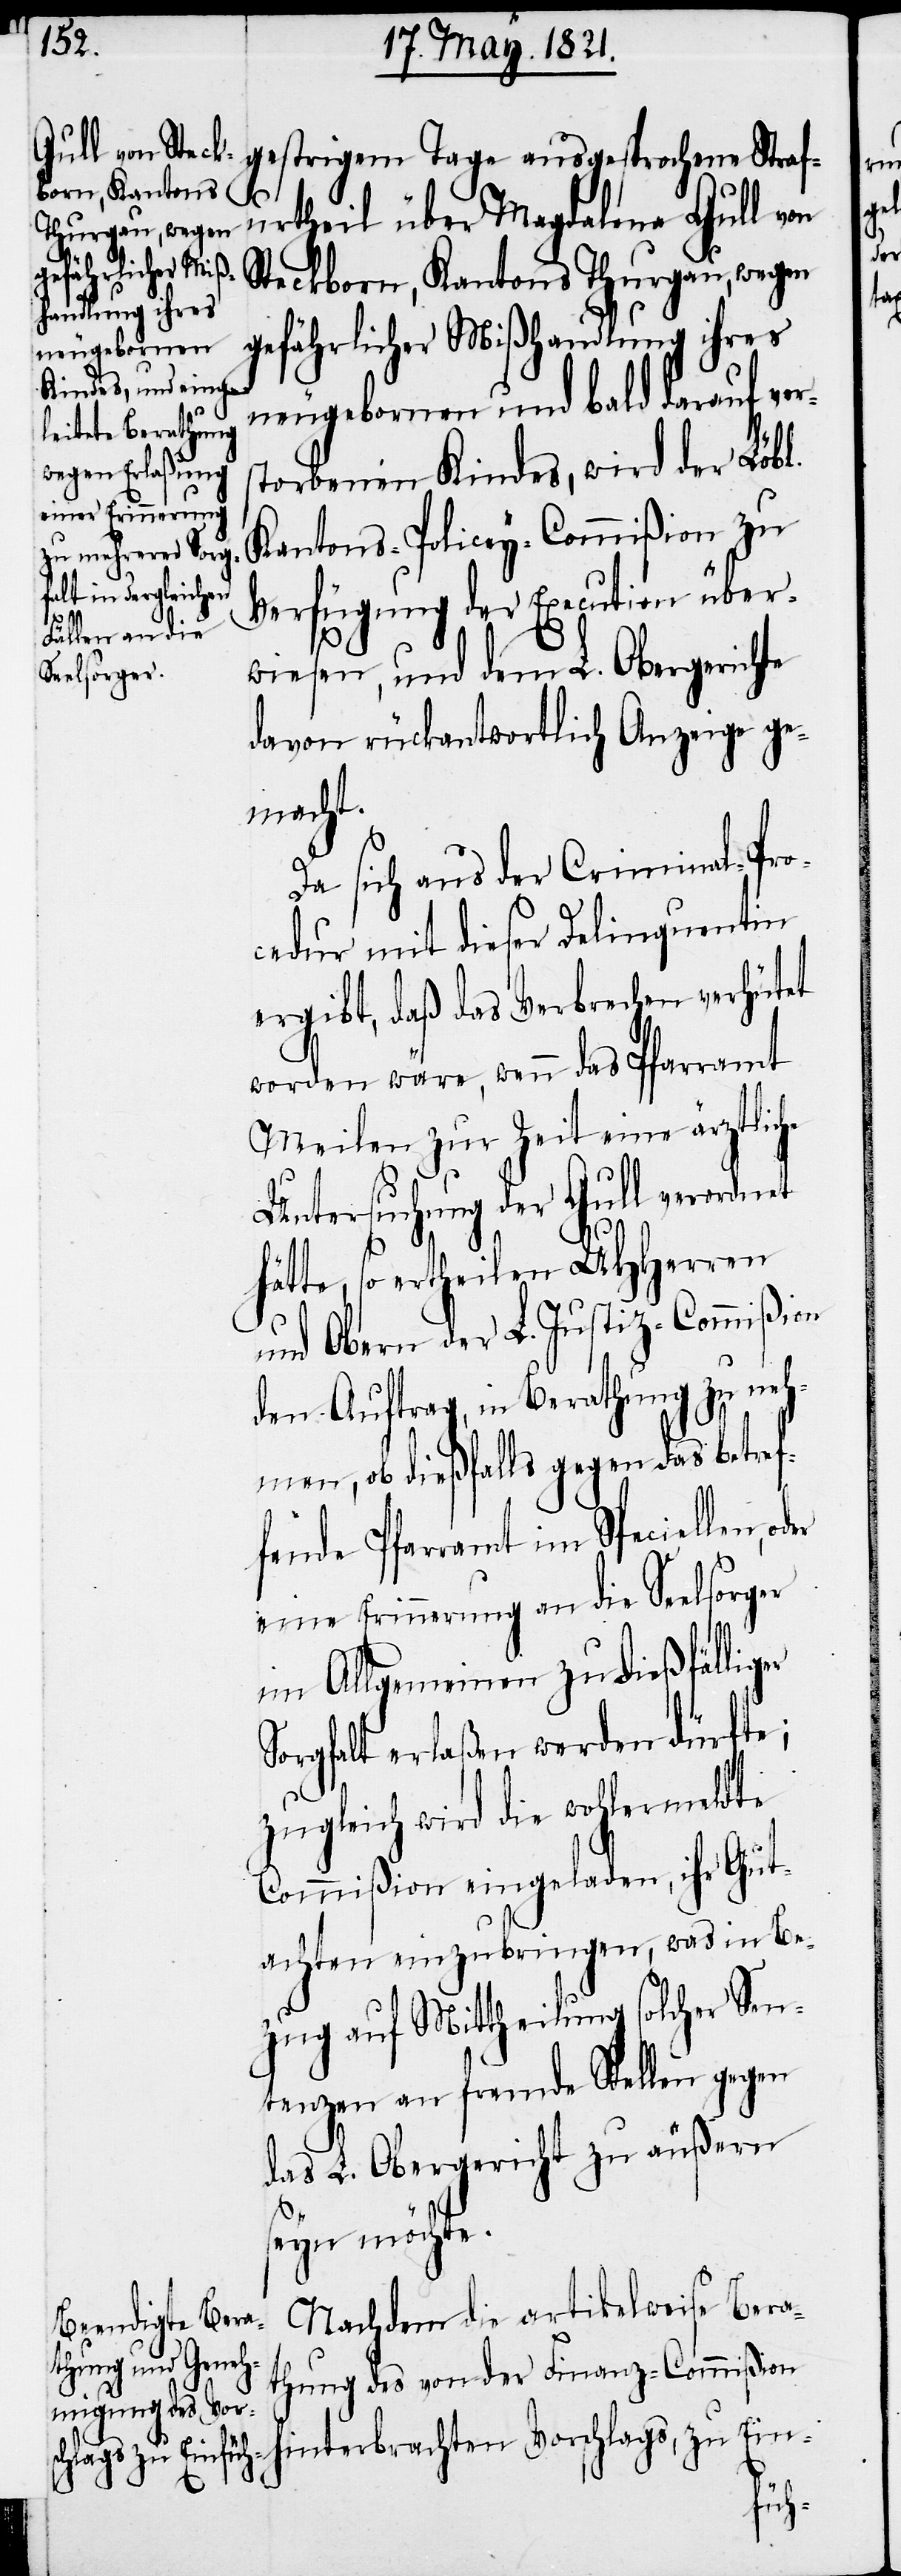
gestrigem Tage ausgesprochene Straf¬
s¬
urtheil über Magdalena Gull von
terbrachten
Steckborn, Kantons Thurgau, wegen
gefährlicher Mißhandlung ihres
neugebornen und bald darauf ver¬
torbenen Kindes, wird der Löbl.
Kantons-Policey-Commißion zu
Verfügung der Execution über¬
wiesen, und dem L. Obergerichte
davon rückantwortlich Anzeige ge¬
macht.
Da sich aus der Criminal-Pro¬
cedur mit dieser Delinquentin
ergibt, daß das Verbrechen verhütet
worden wäre, wenn das Pfarramt
Meilen zur Zeit eine ärztliche
Untersuchung der Gull verordnet
te, so ertheilen UHHerren
und Obern der L. Justiz-Commißion
den Auftrag, in Berathung zu neh¬
men, ob dießfalls gegen das betref¬
fende Pfarramt im Speciellen, o¬
eine Erinnerung an die Seelsorger
im Allgemeinen zu dießfälliger
Sorgfalt erlaßen werden dürfte;
zugleich wird die wohlermeldte
Commißion eingeladen, ihr Gut¬
achten einzubringen, was in Be¬
zug auf Mittheilung solcher Sen¬
tenzen an fremde Stellen gegen
das L. Obergericht zu äußern
seyn möchte.
Nachdem die artikelweise Bera¬
thung des von der Finanz-Commißion
Ein-